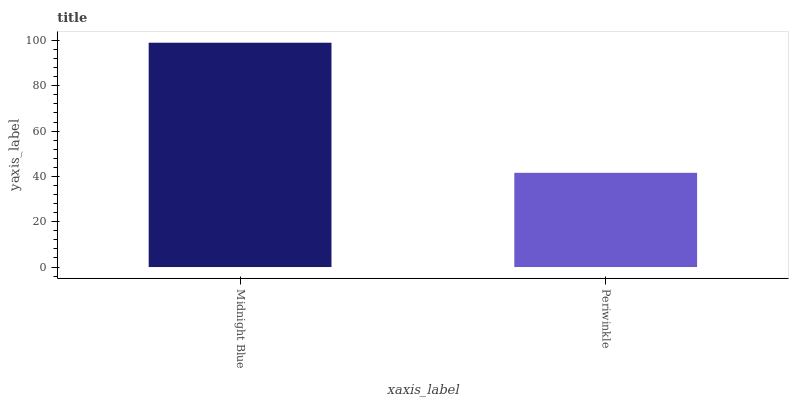
| xaxis_label | bars |
 | --- | --- |
 | Midnight Blue | 99 |
 | Periwinkle | 41.6 |